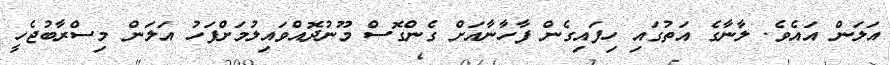
އަލަން އައެވެ. ލާނާގެ އަތުގައި ހިފައިގެން ފާހާނާއަށް ގެންގޮސް މޫނުދޮއްވައިލުމަށްފަހު އަލަން މިސްރާބުޖެހީ